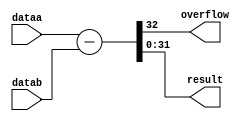
module sub_32b (dataa, datab, overflow, result); 
	input [31:0] dataa;
	input [31:0] datab;
	output overflow;
	output [31:0] result;
	wire [32:0]computation; 
	assign computation = dataa - datab;
	assign overflow = computation[32];
	assign result = computation[31:0];
endmodule